Jarvakandi_vallavalitsus, lk 57
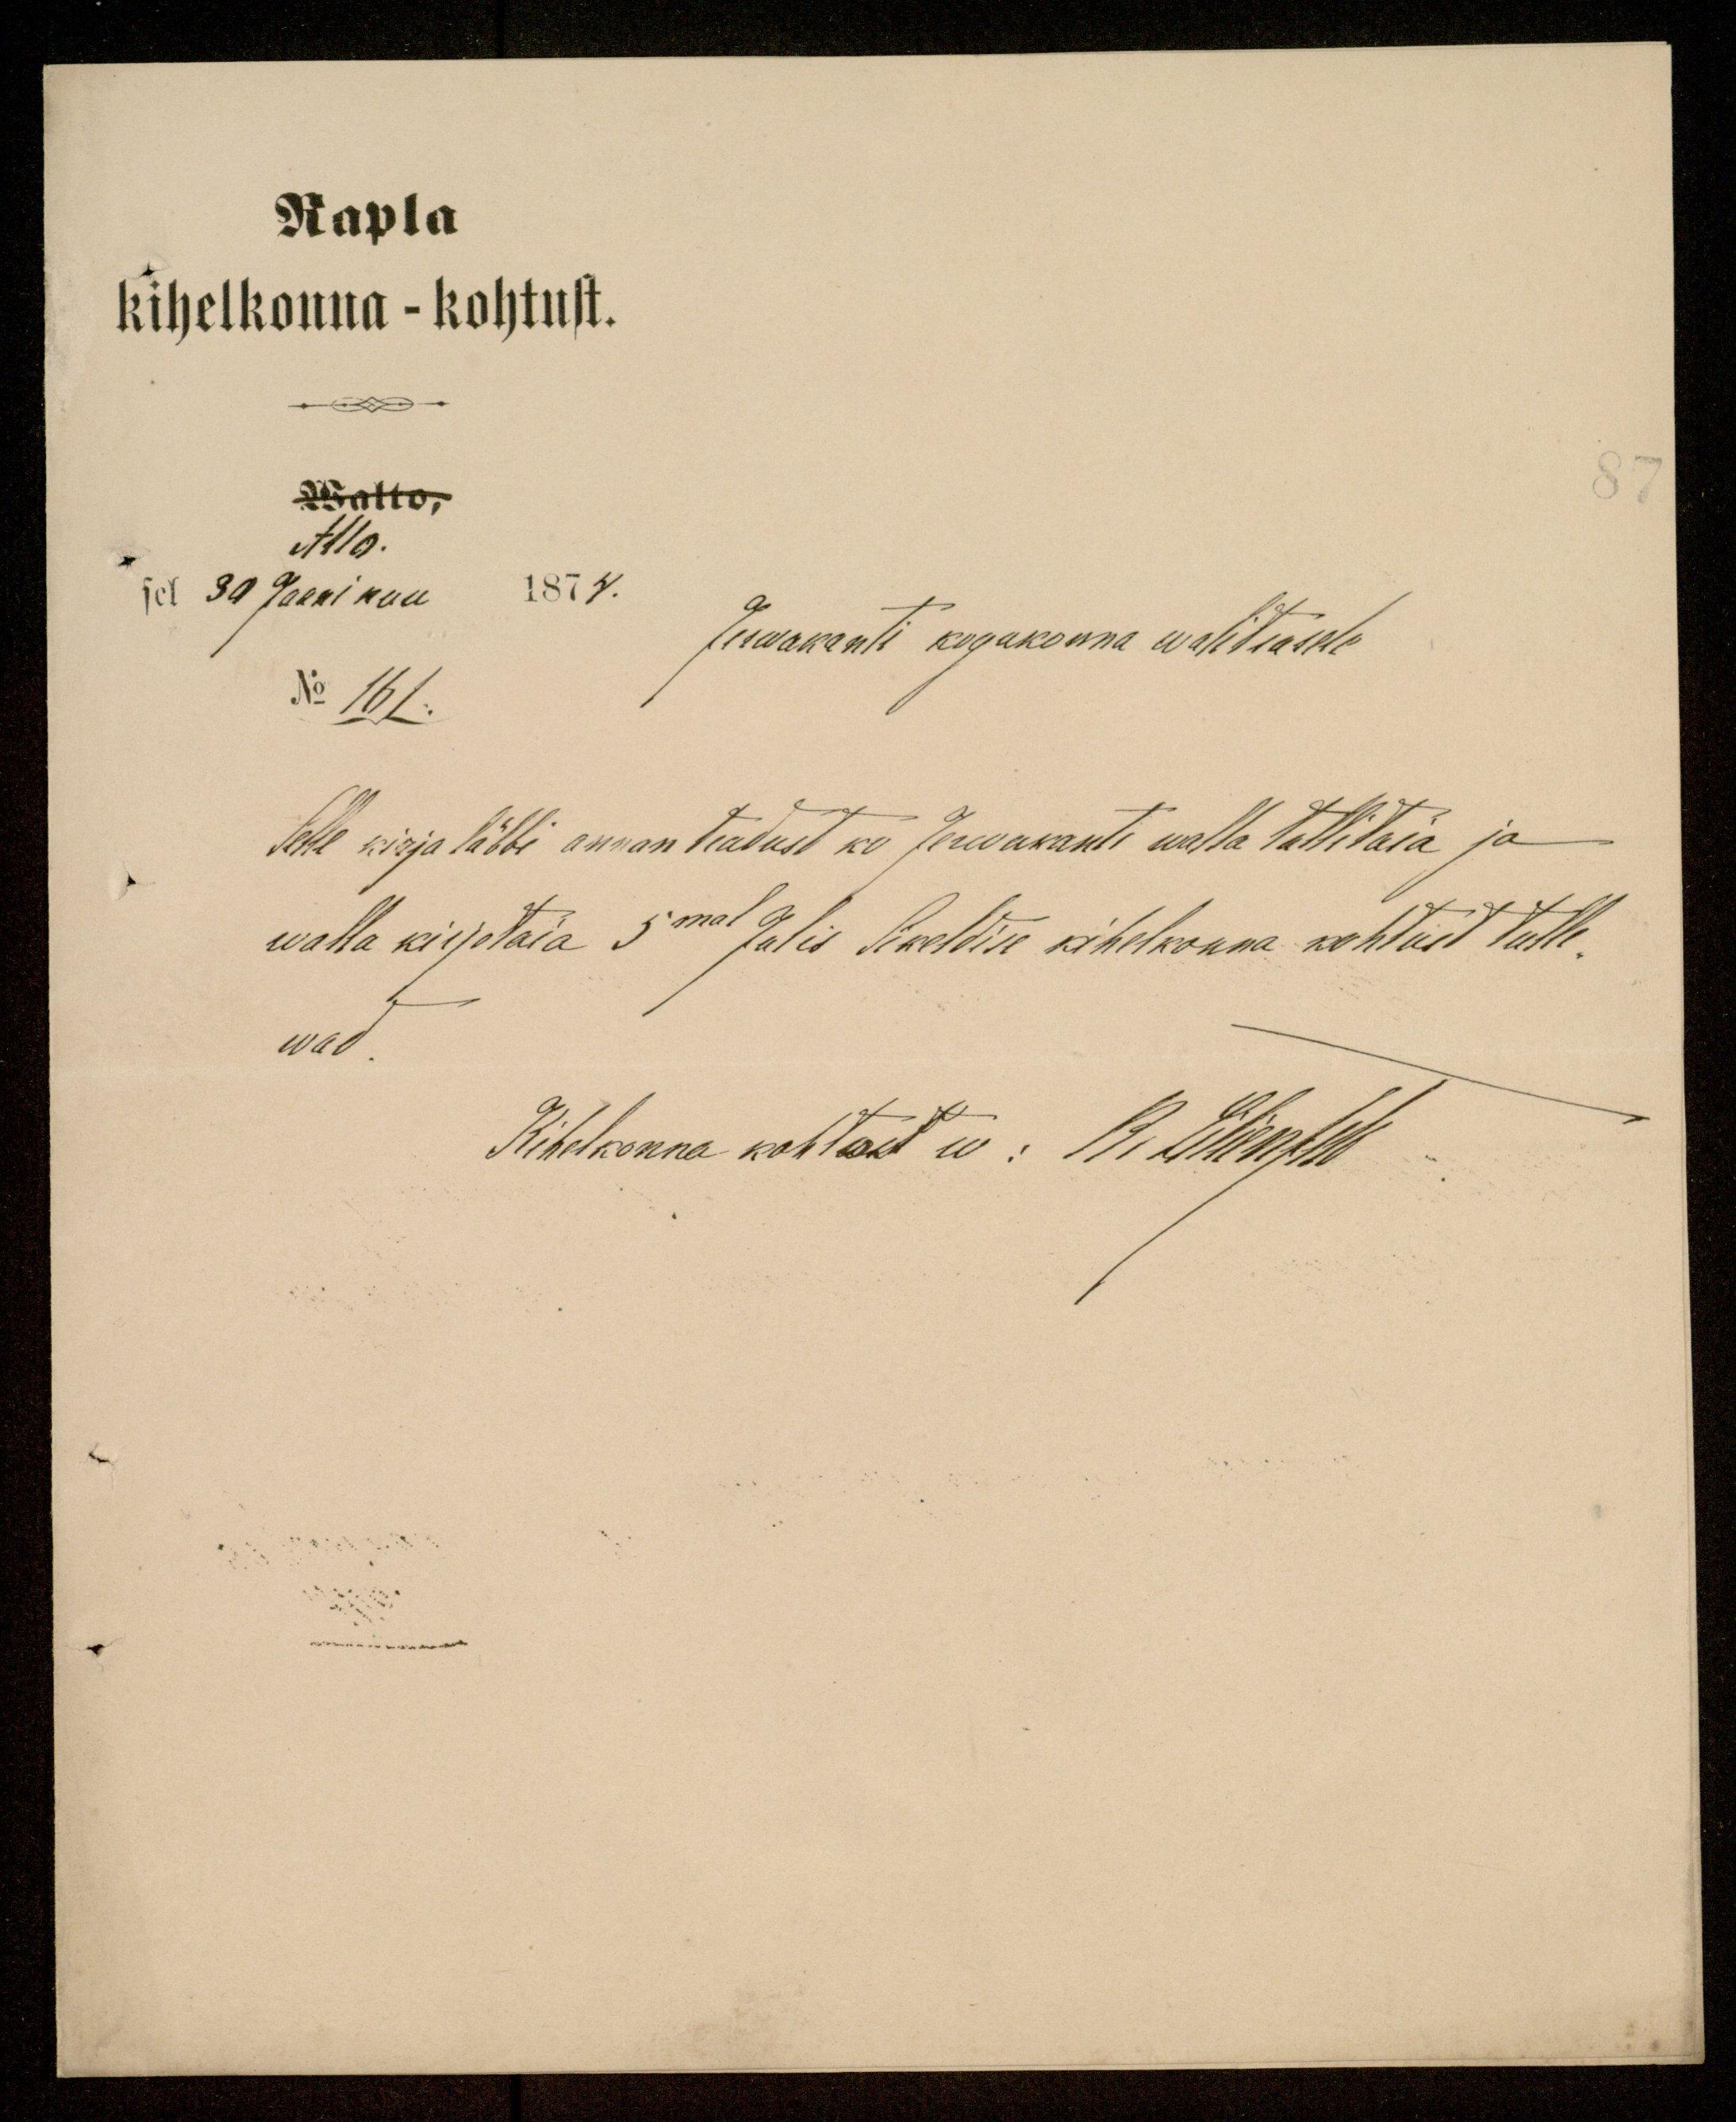
Rapla
kihelkonna - kohtust.
Kolto
Allo.
sel 30 Jaanikuu
1874.
Jerwakanti kogukonna walitsusele
No 161.
Selle kirja läbbi annan teadust ko Jervakanti walla tallitaja ja
walla kirjotaja 5mal Julis Sikeldise kihelkonna kohtust tulle-
wad.
Kihelkonna kohtust w: B. Lilientile